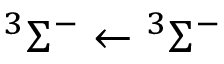
\ensuremath { { } ^ { 3 } \Sigma ^ { - } } \leftarrow \ensuremath { { } ^ { 3 } \Sigma ^ { - } }